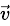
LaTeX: \stackrel{\vec{v}}{}